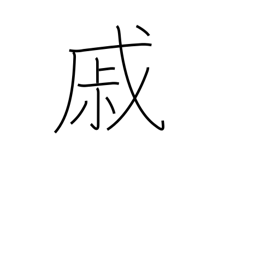
Meaning: grieve